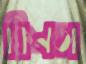
কিনতা